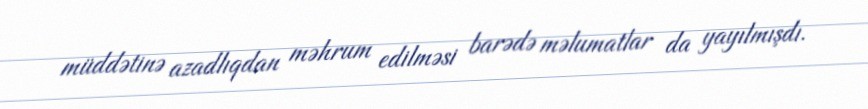
müddətinə azadlıqdan məhrum edilməsi barədə məlumatlar da yayılmışdı.